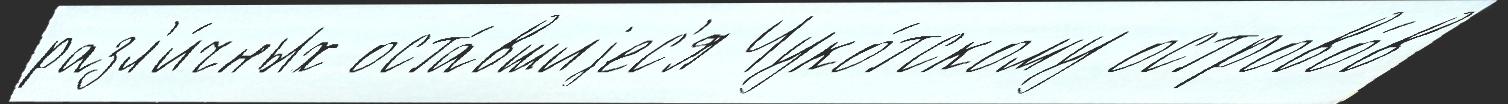
разл'и́чных оста́вшиjес'я Чуко́тскому острово́в